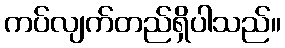
ကပ်လျက်တည်ရှိပါသည်။